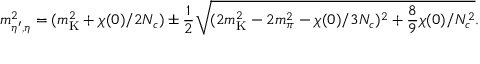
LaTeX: m _ { \eta ^ { \prime } , \eta } ^ { 2 } = ( m _ { \mathrm { K } } ^ { 2 } + \chi ( 0 ) / 2 N _ { c } ) \pm { \frac { 1 } { 2 } } \sqrt { ( 2 m _ { \mathrm { K } } ^ { 2 } - 2 m _ { \pi } ^ { 2 } - \chi ( 0 ) / 3 N _ { c } ) ^ { 2 } + { \frac { 8 } { 9 } } \chi ( 0 ) / N _ { c } ^ { 2 } } .